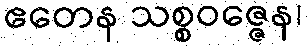
ဧတေန သစ္စဝဇ္ဇေန၊